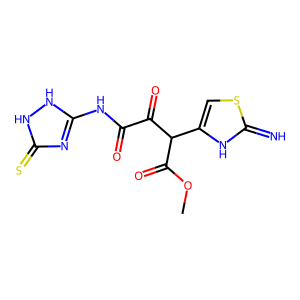
SMILES: COC(=O)C(C(=O)C(=O)Nc1nc(=S)[nH][nH]1)c1csc(=N)[nH]1
Inhibits HIV replication: No